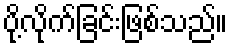
ပို့လိုက်ခြင်းဖြစ်သည်။